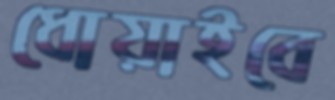
ধোয়াইবে